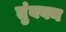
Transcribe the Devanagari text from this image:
तुंबवन